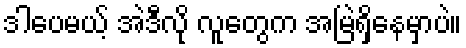
ဒါပေမယ့် အဲဒီလို လူတွေက အမြဲရှိနေမှာပဲ။